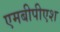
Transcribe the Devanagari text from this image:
एमबीपीएश